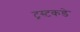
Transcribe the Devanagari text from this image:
ट्रस्टकडे